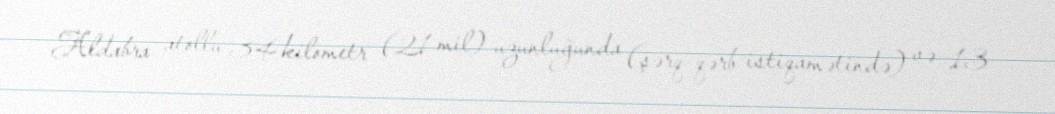
Aldabra atollu 34 kilometr (21 mil) uzunluğunda (şərq-qərb istiqamətində) və 13